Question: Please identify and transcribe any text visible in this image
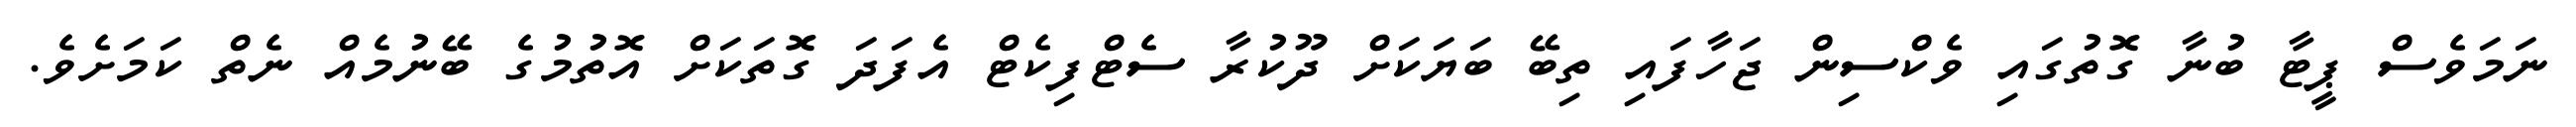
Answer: ނަމަވެސް ޕީޓާ ބުނާ ގޮތުގައި ވެކްސިން ޖަހާފައި ތިބޭ ބަޔަކަށް ދޫކުރާ ސެޓްފިކެޓް އެފަދަ ގޮތަކަށް އޮތުމުގެ ބޭނުމެއް ނެތް ކަމަށެވެ.